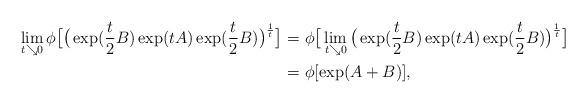
LaTeX: \begin{align*}\lim_{t\searrow0}\phi\big[\big(\exp(\frac{t}{2}B)\exp(tA)\exp(\frac{t}{2}B)\big)^\frac{1}{t}\big] =&\ \phi\big[\lim_{t\searrow0}\big(\exp(\frac{t}{2}B)\exp(tA)\exp(\frac{t}{2}B)\big)^\frac{1}{t}\big]\\=&\ \phi[\exp(A+B)], \end{align*}